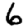
Digit: 6